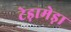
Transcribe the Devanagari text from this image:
टेड़ामेड़ा